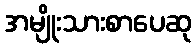
အမျိုးသားစာပေဆု